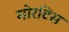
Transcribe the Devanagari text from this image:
मोरटिस